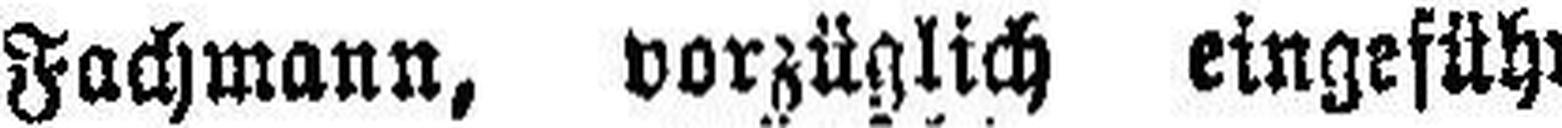
Fachmann, vorzüglich eingeführt,